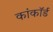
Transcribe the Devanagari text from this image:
कांकॉर्ड